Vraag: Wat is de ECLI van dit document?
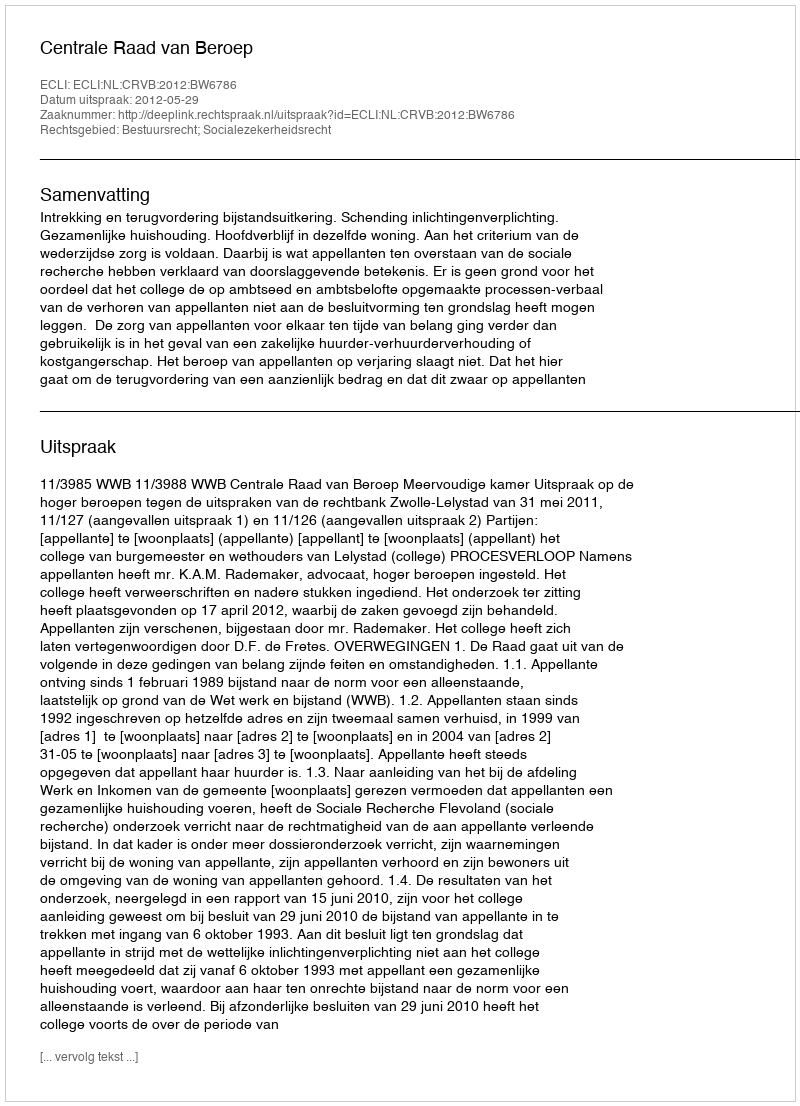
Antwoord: ECLI:NL:CRVB:2012:BW6786